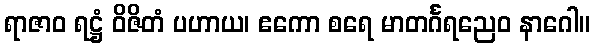
ရာဇာဝ ရဋ္ဌံ ဝိဇိတံ ပဟာယ၊ ဧကော စရေ မာတင်္ဂရညေဝ နာဂေါ။